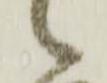
候